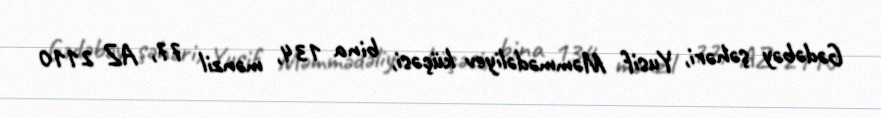
Gədəbəy şəhəri, Yusif Məmmədəliyev küçəsi, bina 134, mənzil 77, AZ 2110